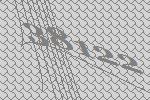
38122